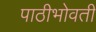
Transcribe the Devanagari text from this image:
पाठीभोवती